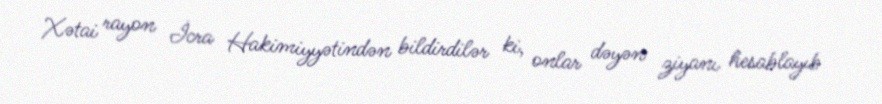
Xətai rayon İcra Hakimiyyətindən bildirdilər ki, onlar dəyən ziyanı hesablayıb